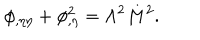
LaTeX: \phi _ { , \eta \eta } + \phi _ { , \eta } ^ { 2 } = \Lambda ^ { 2 } M ^ { 2 } .